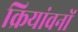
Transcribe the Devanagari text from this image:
क्रियांवनों